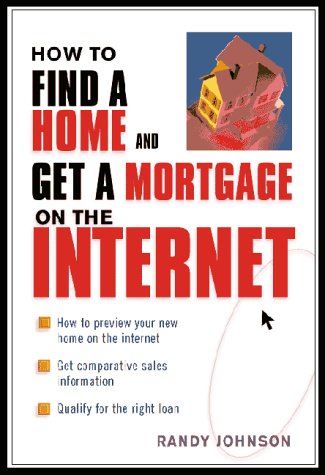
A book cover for How to Find a Home and Get a Mortgage on the Internet; Randy Johnson; Computers & Technology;